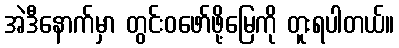
အဲဒီနောက်မှာ တွင်းဝဖော်ဖို့မြေကို တူးရပါတယ်။